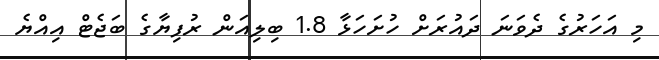
މި އަހަރުގެ ދެވަނަ ދައުރަށް ހުށަހަޅާ 1.8 ބިލިއަން ރުފިޔާގެ ބަޖެޓް އިއްޔެ